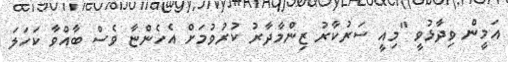
އަމީން ވިދާޅުވީ "މިއީ ސަރުކާރު ޒިންމާދާރު ކުރުވުމަށް އެހެންްޏާ ވެސް ބާއްވާ ކަހަލަ